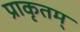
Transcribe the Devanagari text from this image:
प्राकृतम्